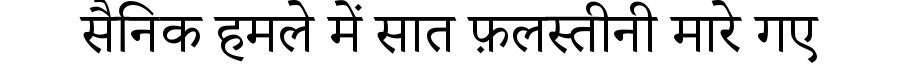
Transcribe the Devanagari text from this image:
सैनिक हमले में सात फ़लस्तीनी मारे गए